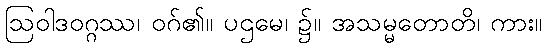
ဩဝါဒဝဂ္ဂဿ၊ ဝဂ်၏။ ပဌမေ၊ ၌။ အသမ္မတောတိ၊ ကား။